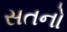
સતનો